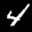
Label: 4